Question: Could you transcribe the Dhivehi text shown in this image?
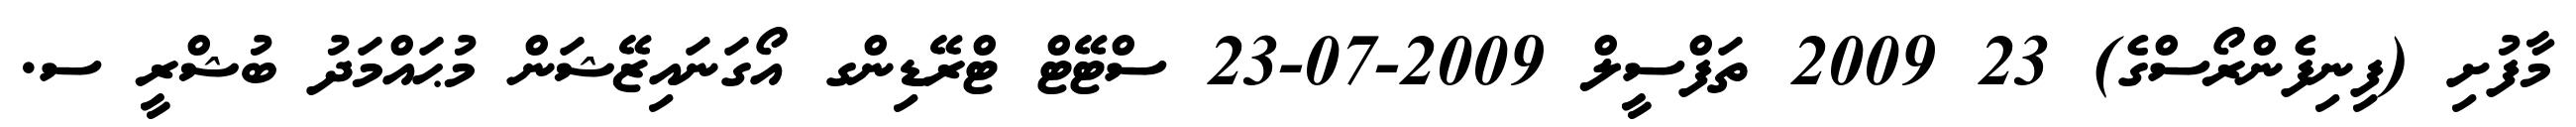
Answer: މާފުށި (ފިނިފެންރޯސްގެ) 23 2009 ތަފްސީލް 2009-07-23 ސްޓޭޓް ޓްރޭޑިންގ އޯގަނައިޒޭޝަން މުޙައްމަދު ބުޝްރީ ސ.